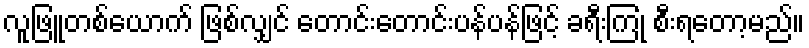
လူဖြူတစ်ယောက် ဖြစ်လျှင် တောင်းတောင်းပန်ပန်ဖြင့် ခရီးကြုံ စီးရတော့မည်။